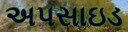
અપસાઇડ